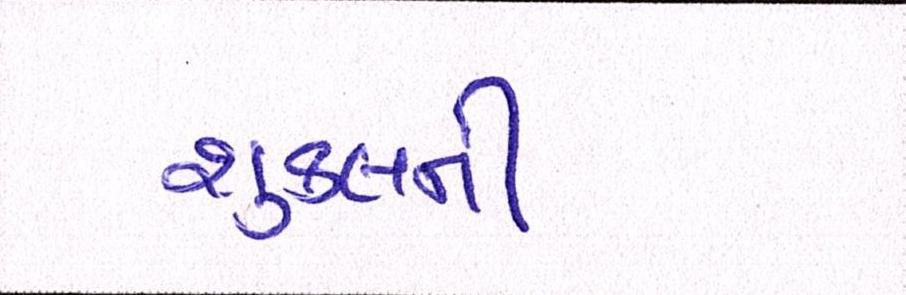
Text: શુક્લની